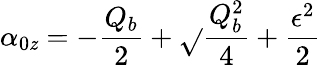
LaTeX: \alpha_{0\mathit{z}}=-\frac{{Q_{b}}}{{2}}+\sqrt{}{{\frac{{Q_{b}^{2}}}{{4}}+\frac{{\epsilon^{2}}}{{2}}}}